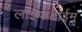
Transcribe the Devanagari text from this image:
लाईफटाईम